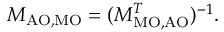
M _ { \mathrm { { A O , M O } } } = ( M _ { \mathrm { { M O , A O } } } ^ { T } ) ^ { - 1 } .